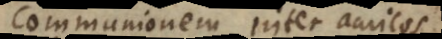
communionem inter amicos